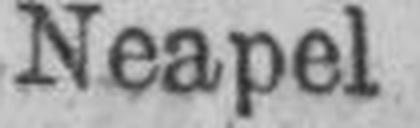
Neapel